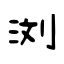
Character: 浏